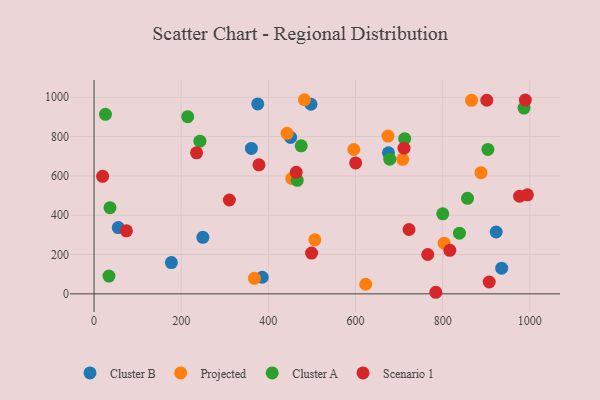
{"axis": {"x": "Ad Spend", "y": "Salary"}, "legend": ["Cluster A", "Cluster B", "Projected", "Scenario 1"], "data": [{"x": "675.6", "y": 717.2, "type": "Cluster B"}, {"x": "55.6", "y": 337.1, "type": "Cluster B"}, {"x": "386.0", "y": 84.4, "type": "Cluster B"}, {"x": "451.1", "y": 795.9, "type": "Cluster B"}, {"x": "497.8", "y": 964.5, "type": "Cluster B"}, {"x": "249.7", "y": 287.7, "type": "Cluster B"}, {"x": "177.5", "y": 158.9, "type": "Cluster B"}, {"x": "361.1", "y": 739.8, "type": "Cluster B"}, {"x": "375.6", "y": 966.2, "type": "Cluster B"}, {"x": "922.8", "y": 314.6, "type": "Cluster B"}, {"x": "935.4", "y": 130.7, "type": "Cluster B"}, {"x": "866.3", "y": 984.4, "type": "Projected"}, {"x": "506.8", "y": 274.7, "type": "Projected"}, {"x": "482.9", "y": 987.6, "type": "Projected"}, {"x": "708.4", "y": 684.3, "type": "Projected"}, {"x": "453.7", "y": 587.4, "type": "Projected"}, {"x": "443.0", "y": 816.6, "type": "Projected"}, {"x": "596.1", "y": 734.4, "type": "Projected"}, {"x": "887.9", "y": 616.4, "type": "Projected"}, {"x": "623.4", "y": 48.8, "type": "Projected"}, {"x": "368.0", "y": 78.7, "type": "Projected"}, {"x": "674.5", "y": 802.5, "type": "Projected"}, {"x": "803.4", "y": 257.9, "type": "Projected"}, {"x": "34.3", "y": 90.1, "type": "Cluster A"}, {"x": "857.0", "y": 485.8, "type": "Cluster A"}, {"x": "475.4", "y": 753.0, "type": "Cluster A"}, {"x": "466.3", "y": 577.7, "type": "Cluster A"}, {"x": "26.2", "y": 913.5, "type": "Cluster A"}, {"x": "800.2", "y": 406.9, "type": "Cluster A"}, {"x": "36.6", "y": 438.4, "type": "Cluster A"}, {"x": "903.8", "y": 734.9, "type": "Cluster A"}, {"x": "986.7", "y": 945.3, "type": "Cluster A"}, {"x": "712.8", "y": 789.2, "type": "Cluster A"}, {"x": "678.6", "y": 684.9, "type": "Cluster A"}, {"x": "838.5", "y": 308.6, "type": "Cluster A"}, {"x": "242.9", "y": 776.9, "type": "Cluster A"}, {"x": "214.9", "y": 901.4, "type": "Cluster A"}, {"x": "816.4", "y": 221.1, "type": "Scenario 1"}, {"x": "994.4", "y": 503.6, "type": "Scenario 1"}, {"x": "989.7", "y": 985.8, "type": "Scenario 1"}, {"x": "600.3", "y": 666.0, "type": "Scenario 1"}, {"x": "235.3", "y": 717.3, "type": "Scenario 1"}, {"x": "784.3", "y": 7.9, "type": "Scenario 1"}, {"x": "906.8", "y": 60.3, "type": "Scenario 1"}, {"x": "310.5", "y": 477.5, "type": "Scenario 1"}, {"x": "464.0", "y": 618.3, "type": "Scenario 1"}, {"x": "19.7", "y": 598.1, "type": "Scenario 1"}, {"x": "976.4", "y": 496.6, "type": "Scenario 1"}, {"x": "499.2", "y": 207.4, "type": "Scenario 1"}, {"x": "378.4", "y": 656.5, "type": "Scenario 1"}, {"x": "765.7", "y": 200.0, "type": "Scenario 1"}, {"x": "74.3", "y": 320.8, "type": "Scenario 1"}, {"x": "722.8", "y": 327.2, "type": "Scenario 1"}, {"x": "901.3", "y": 985.0, "type": "Scenario 1"}, {"x": "711.3", "y": 741.1, "type": "Scenario 1"}]}